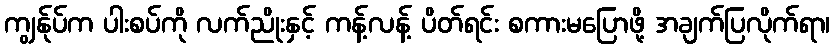
ကျွန်ုပ်က ပါးစပ်ကို လက်ညိုးနှင့် ကန့်လန့် ပိတ်ရင်း စကားမပြောဖို့ အချက်ပြလိုက်ရာ၊